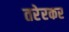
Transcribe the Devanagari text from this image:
तरेरकर